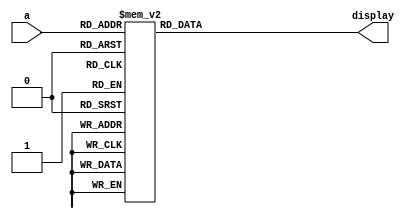
module converter_7s(input [3:0] a , output reg [6:0] display );
	always@(a) begin
		case (a)
			4'b0000 : display = 7'b1000000; //0
			4'b0001 : display = 7'b1111001; //1
			4'b0010 : display = 7'b0100100; //2
			4'b0011 : display = 7'b0110000; //3
			4'b0100 : display = 7'b0011001; //4
			4'b0101 : display = 7'b0010010; //5
			4'b0110 : display = 7'b0000010; //6
			4'b0111 : display = 7'b1111000; //7
			4'b1000 : display = 7'b0000000; //8
			4'b1001 : display = 7'b0010000; //9
			4'b1010 : display = 7'b0001000; //10 / A
			4'b1011 : display = 7'b0000011; //11 / B
			4'b1100 : display = 7'b1000110; //12 / C
			4'b1101 : display = 7'b0100001; //13 / D
			4'b1110 : display = 7'b0000110; //14 / E
			4'b1111 : display = 7'b0001110; //15 / F
		endcase
	end
endmodule